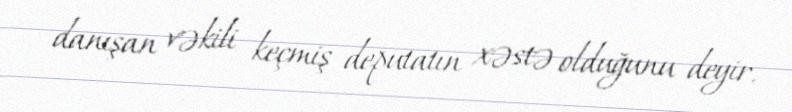
danışan vəkili keçmiş deputatın xəstə olduğunu deyir.